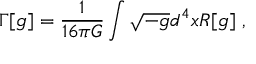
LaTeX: \Gamma [ g ] = { \frac { 1 } { 1 6 \pi G } } \int \sqrt { - g } d ^ { 4 } x R [ g ] ~ ,